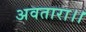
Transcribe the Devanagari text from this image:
अवतारा।।